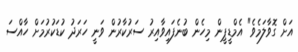
އަށް ގޮވާލަމެވެ" އެމްޑީޕީން މިހެން ބުނެފައިވާއިރު ސަރުކާރުން ވަނީ ހަރަދު ކުޑަކުރުމަށް ހާއްސަ